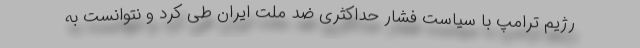
رژیم ترامپ با سیاست فشار حداکثری ضد ملت ایران طی کرد و نتوانست به